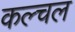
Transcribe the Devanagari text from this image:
कल्चल